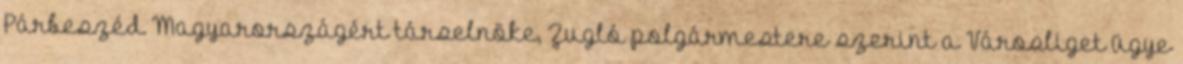
Párbeszéd Magyarországért társelnöke, Zugló polgármestere szerint a Városliget ügye